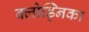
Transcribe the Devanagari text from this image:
क्लोड्निका